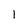
Character: 1